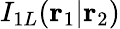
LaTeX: I_{1L}(\mathbf{r}_{1}|\mathbf{r}_{2})